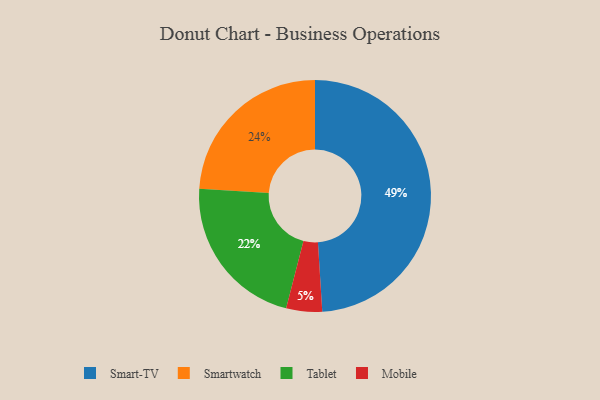
{"axis": {"x": "Category", "y": "Percentage"}, "legend": ["Mobile", "Smart-TV", "Smartwatch", "Tablet"], "data": [{"x": "Tablet", "y": 22, "type": "Tablet"}, {"x": "Smartwatch", "y": 24, "type": "Smartwatch"}, {"x": "Smart-TV", "y": 49, "type": "Smart-TV"}, {"x": "Mobile", "y": 5, "type": "Mobile"}]}